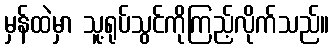
မှန်ထဲမှာ သူ့ရုပ်သွင်ကိုကြည့်လိုက်သည်။